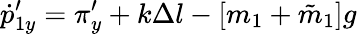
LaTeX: \dot{p}_{1y}^{\prime}=\pi_{y}^{\prime}+k\Delta l-[m_{1}+\tilde{m}_{1}]g